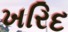
ખરિદ